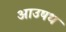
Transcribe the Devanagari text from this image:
आउषध